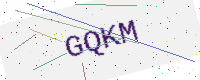
Text: GQKM